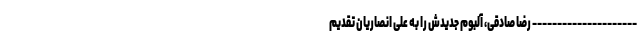
--------------------- رضا صادقی، آلبوم جدیدش را به علی انصاریان تقدیم